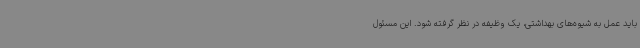
باید عمل به شیوه‌های بهداشتی، یک وظیفه در نظر گرفته شود. این مسئول